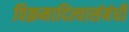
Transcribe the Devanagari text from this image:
विक्रमादित्यासंबंधी